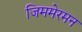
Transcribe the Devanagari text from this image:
जिममेरमन